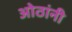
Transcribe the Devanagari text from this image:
ओठांनी